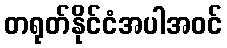
တရုတ်နိုင်ငံအပါအဝင်